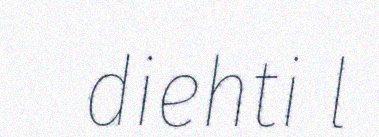
diehti l